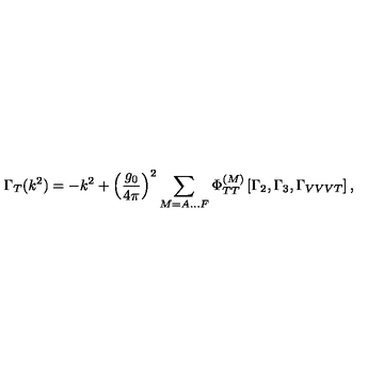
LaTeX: \Gamma _ { T } ( k ^ { 2 } ) = - k ^ { 2 } + \left( \frac { g _ { 0 } } { 4 \pi } \right) ^ { 2 } \sum _ { M = A \ldots F } \Phi _ { T T } ^ { ( M ) } \left[ \Gamma _ { 2 } , \Gamma _ { 3 } , \Gamma _ { V V V T } \right] ,